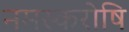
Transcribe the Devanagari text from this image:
नमस्करोषि